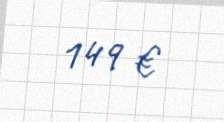
149 €